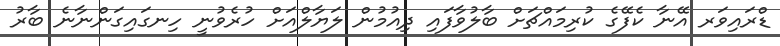
ޑްރައިވަރ އޭނާ ކެފޭގެ ކުރިމައްޗަށް ބާލުވާފައި ދިއުމުން ލަޔާލްއަށް ހުރެވުނީ ހިނގައިގަންނާނެ ބާރު